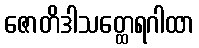
ဇောတိဒါသတ္ထေရဂါထာ